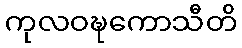
ကုလဝဍ္ဎကောသီတိ